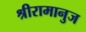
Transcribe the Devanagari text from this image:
श्रीरामानुज